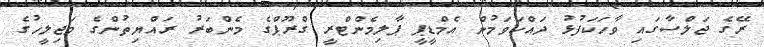
ރޭގެ ޖަލްސާގައި ވާހަކަފުޅު ދައްކަވަމުން އެމްޑީޕީ ޕާލިމެންޓްރީ ގްރޫޕްގެ މެންބަރު ރައްޔިތުންގެ މަޖިލީހުގެ